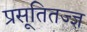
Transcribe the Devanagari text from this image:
प्रसूतितज्‍ज्ञ